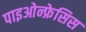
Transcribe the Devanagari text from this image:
पाइओन्फ्रेसिस